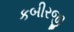
કબીરજી